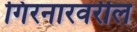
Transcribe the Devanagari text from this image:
गिरनारवरील